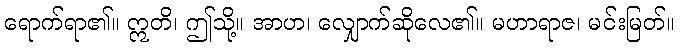
ရောက်ရာ၏။ ဣတိ၊ ဤသို့။ အာဟ၊ လျှောက်ဆိုလေ၏။ မဟာရာဇ၊ မင်းမြတ်။